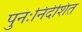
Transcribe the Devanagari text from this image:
पुनःनिर्देशित